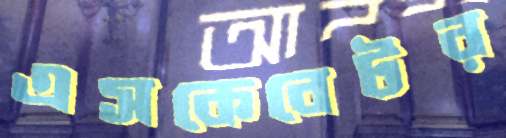
এসকেবেটর